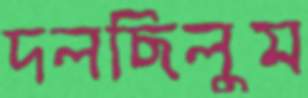
দলছিলুম